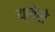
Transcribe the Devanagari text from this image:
यावेसे